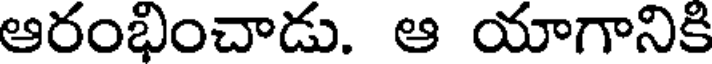
ఆరంభించాడు. ఆ యాగానికి